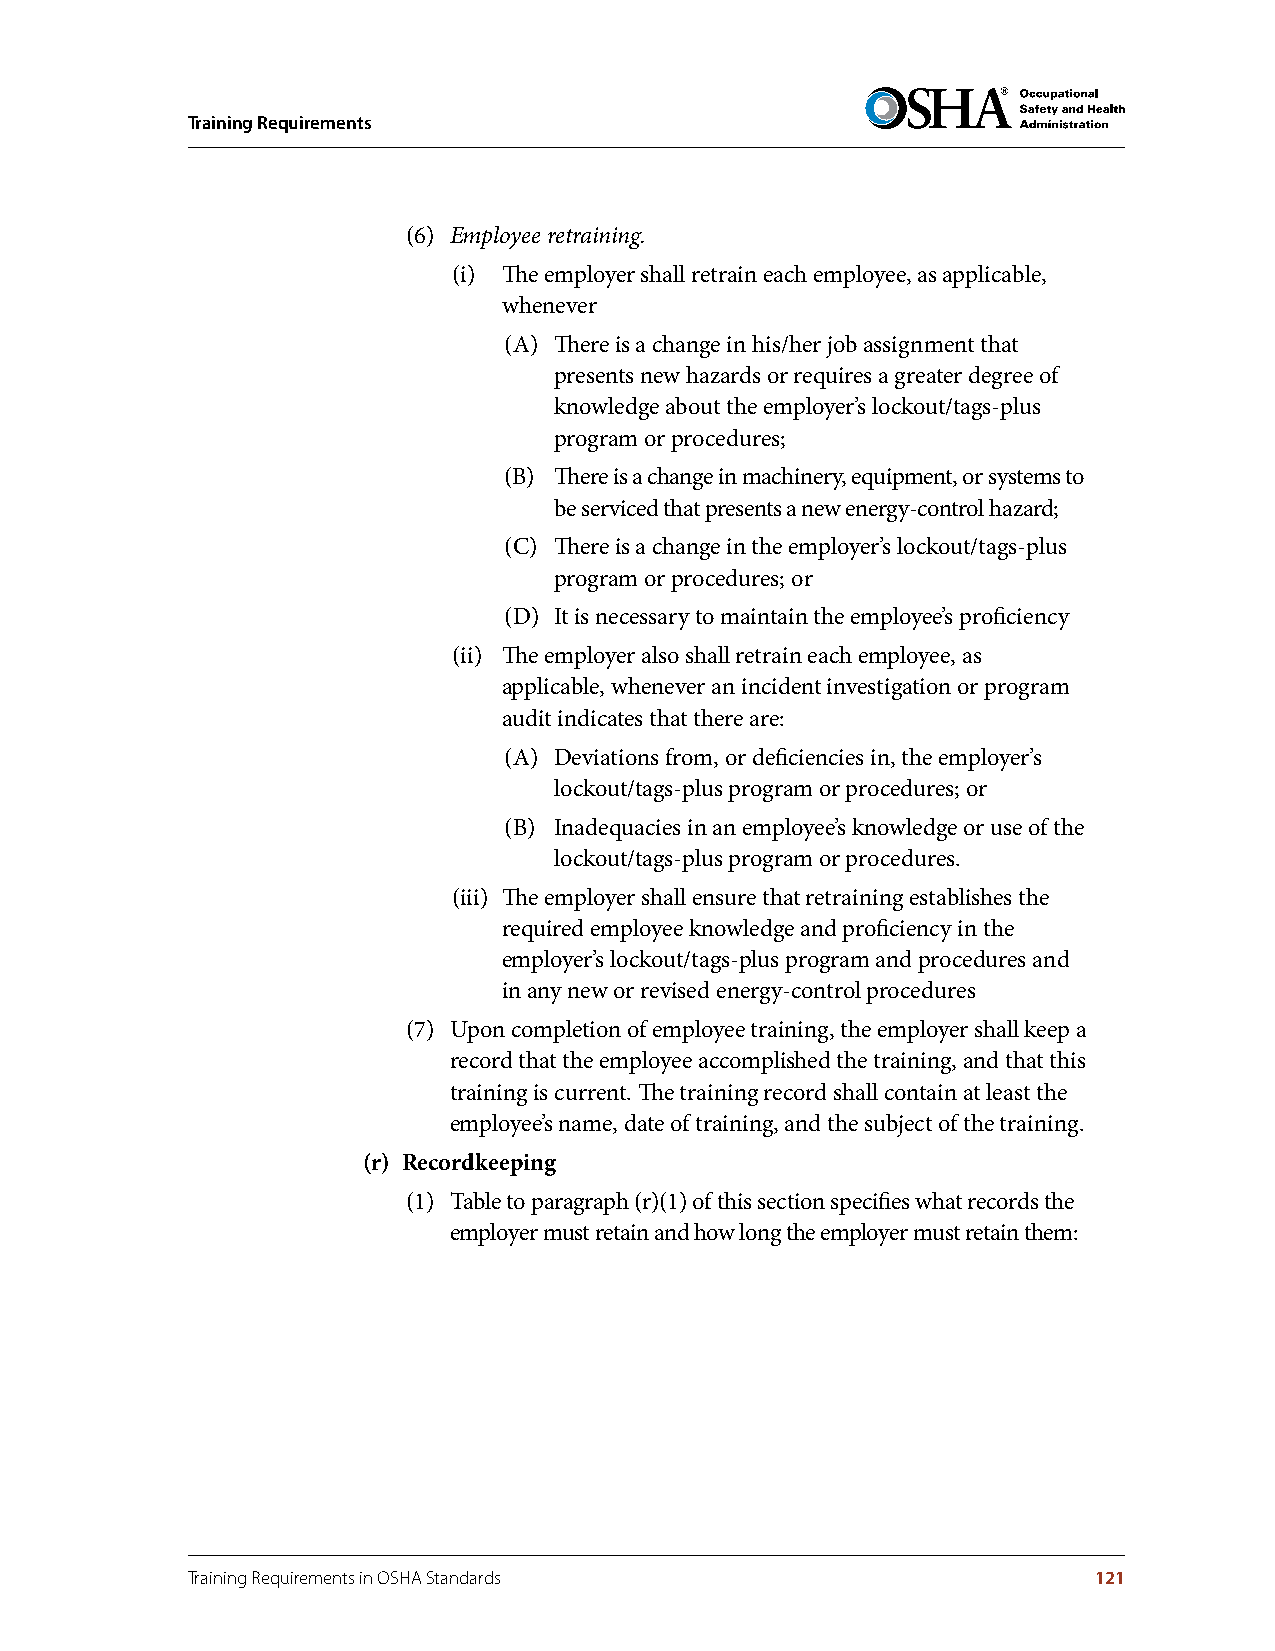
Training Requirements
 (6) Employee retraining.
 (i) The employer shall retrain each employee, as applicable,
 whenever
 (A) There is a change in his/her job assignment that
 presents new hazards or requires a greater degree of
 knowledge about the employer’s lockout/tags-plus
 program or procedures;
 (B) There is a change in machinery, equipment, or systems to
 be serviced that presents a new energy-control hazard;
 (C) There is a change in the employer’s lockout/tags-plus
 program or procedures; or
 (D) It is necessary to maintain the employee’s proficiency
 (ii) The employer also shall retrain each employee, as
 applicable, whenever an incident investigation or program
 audit indicates that there are:
 (A) Deviations from, or deficiencies in, the employer’s
 lockout/tags-plus program or procedures; or
 (B) Inadequacies in an employee’s knowledge or use of the
 lockout/tags-plus program or procedures.
 (iii) The employer shall ensure that retraining establishes the
 required employee knowledge and proficiency in the
 employer’s lockout/tags-plus program and procedures and
 in any new or revised energy-control procedures
 (7) Upon completion of employee training, the employer shall keep a
 record that the employee accomplished the training, and that this
 training is current. The training record shall contain at least the
 employee’s name, date of training, and the subject of the training.
 (r) Recordkeeping
 (1) Table to paragraph (r)(1) of this section specifies what records the
 employer must retain and how long the employer must retain them:
 Training Requirements in OSHA Standards                     121